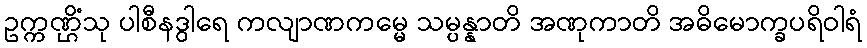
ဥက္ကဏ္ဌိံသု ပါစီနဒွါရေ ကလျာဏကမ္မေ သမ္ပန္နာတိ အဏုကာတိ အဓိမောက္ခပရိဝါရံ